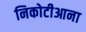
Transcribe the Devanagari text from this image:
निकोटीआना